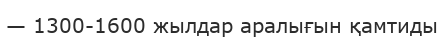
— 1300-1600 жылдар аралығын қамтиды